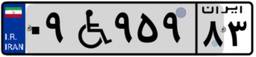
۰۹W۹۵۹۸۳